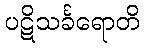
ပဋိသင်္ခရောတိ